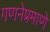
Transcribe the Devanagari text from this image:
गणनेप्रमाणे